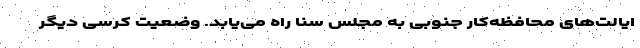
ایالت‌های محافظه‌کار جنوبی به مجلس سنا راه می‌یابد. وضعیت کرسی دیگر